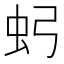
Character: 𮓶